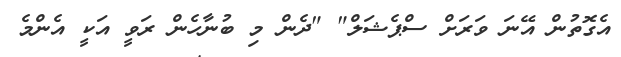
އެގޮތުން އޭނަ ވަރަށް ސްޕެޝަލް" "ދެން މި ބުނާހެން ރަވީ އަކީ އެންމެ